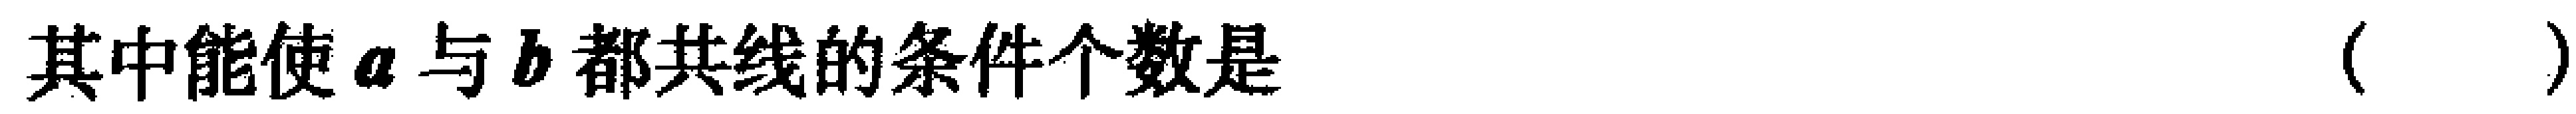
其中能使\(a\)与\(b\)都共线的条件个数是（  ）